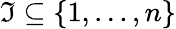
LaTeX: \mathfrak{I}\subseteq\{ 1,\ldots,n\}